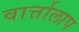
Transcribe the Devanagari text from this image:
वार्त्तालाप